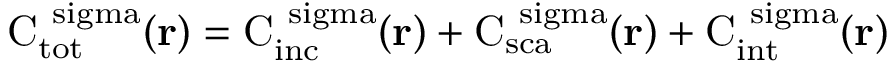
\mathrm { { C } _ { \mathrm { { t o t } } } ^ { \ s i g m a } ( { \bf r } ) = \mathrm { { C } _ { \mathrm { { i n c } } } ^ { \ s i g m a } ( { \bf r } ) + \mathrm { { C } _ { \mathrm { { s c a } } } ^ { \ s i g m a } ( { \bf r } ) + \mathrm { { C } _ { \mathrm { { i n t } } } ^ { \ s i g m a } ( { \bf r } ) } } } }